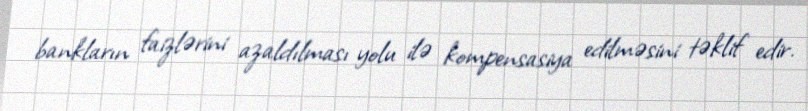
bankların faizlərini azaldılması yolu ilə kompensasiya edilməsini təklif edir.